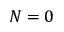
N = 0